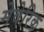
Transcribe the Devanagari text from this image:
मेवेरिक